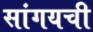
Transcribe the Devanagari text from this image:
सांगयची